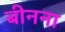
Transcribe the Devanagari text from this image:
बीनना